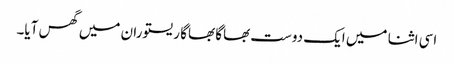
اسی اثنا میں ایک دوست بھاگا بھاگا ریستوران میں گھس آیا۔